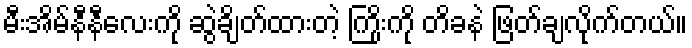
မီးအိမ်နီနီလေးကို ဆွဲချိတ်ထားတဲ့ ကြိုးကို တိခနဲ ဖြတ်ချလိုက်တယ်။